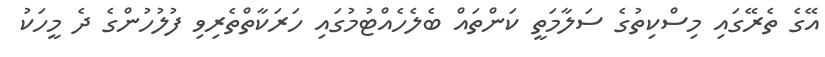
އޭގެ ތެރޭގައި މިސްކިތުގެ ސަލާމަތީ ކަންތައް ބެލެހެއްޓުމުގައި ހަރަކާތްތެރިވި ފުލުހުންގެ ދެ މީހަކު